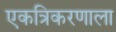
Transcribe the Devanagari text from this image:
एकत्रिकरणाला